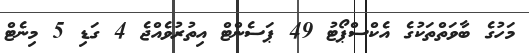
މަހުގެ ބާވަތްތަކުގެ އެކްސްޕޯޓު 49 ޕަސެންޓް އިތުރުވެއްޖެ 4 ގަޑި 5 މިނެޓް